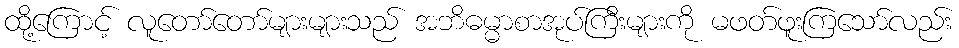
ထို့ကြောင့် လူတော်တော်များများသည် အဘိဓမ္မာစာအုပ်ကြီးများကို မဖတ်ဖူးကြသော်လည်း